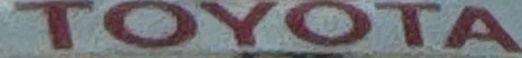
TOYOTA